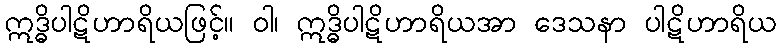
ဣဒ္ဓိပါဋိဟာရိယဖြင့်။ ဝါ၊ ဣဒ္ဓိပါဋိဟာရိယအာ ဒေသနာ ပါဋိဟာရိယ